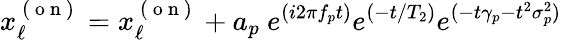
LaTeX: x_{\ell}^{\mathrm{~(~o~n~)~}}=x_{\ell}^{\mathrm{~(~o~n~)~}}+a_{p}\ e^{(i2\pi f_{p}t)}e^{(-t/T_{2})}e^{(-t\gamma_{p}-t^{2}\sigma_{p}^{2})}